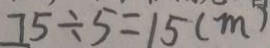
7 5 \div 5 = 1 5 ( m )